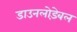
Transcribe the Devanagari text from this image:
डाउनलोड़ेबल